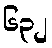
၆၃၂